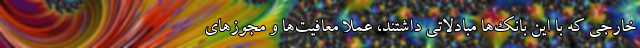
خارجی که با این بانک‌ها مبادلاتی داشتند، عملا معافیت‌ها و مجوزهای